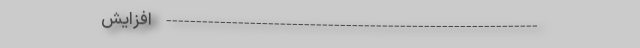
-------------------------------------------------------------- افزایش